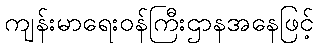
ကျန်းမာရေးဝန်ကြီးဌာနအနေဖြင့်